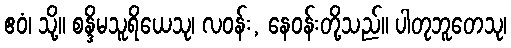
ဧဝံ၊ သို့။ စန္ဒိမသူရိယေသု၊ လဝန်း, နေဝန်းတို့သည်။ ပါတုဘူတေသု၊